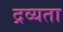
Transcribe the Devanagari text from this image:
द्रव्यता